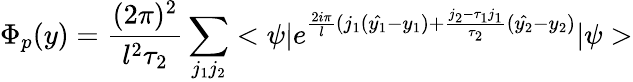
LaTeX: \Phi_{p}(y)=\frac{(2\pi)^{2}}{l^{2}\tau_{2}}\sum_{j_{1}j_{2}}<\psi|e^{\frac{2i\pi}{l}(j_{1}(\hat{y_{1}}-y_{1})+\frac{j_{2}-\tau_{1}j_{1}}{\tau_{2}}(\hat{y_{2}}-y_{2})}|\psi>